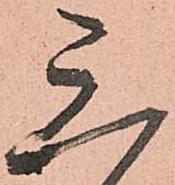
三